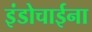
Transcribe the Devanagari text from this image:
इंडोचाईना